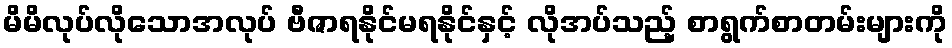
မိမိလုပ်လိုသောအလုပ် ဗီဇာရနိုင်မရနိုင်နှင့် လိုအပ်သည့် စာရွက်စာတမ်းများကို